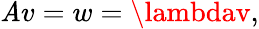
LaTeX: \mathit{A}v=w=\lambdav,